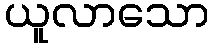
ယူလာသော